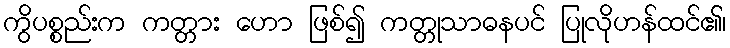
ကွိပစ္စည်းက ကတ္တား ဟော ဖြစ်၍ ကတ္တုသာဓနပင် ပြုလိုဟန်ထင်၏၊